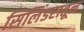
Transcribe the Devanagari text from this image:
सिलिंडरातून